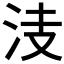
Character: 𣳏